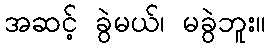
အဆင့် ခွဲမယ်၊ မခွဲဘူး။